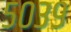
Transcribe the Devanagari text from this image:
५०३९